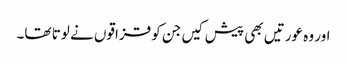
اور وہ عورتیں بھی پیش کیں جن کو قزاقوں نے لوتا تھا۔